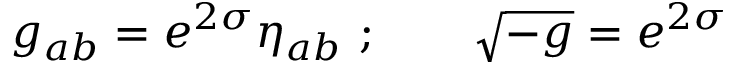
g _ { a b } = e ^ { 2 \sigma } \eta _ { a b } \ ; \qquad \sqrt { - g } = e ^ { 2 \sigma }